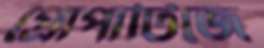
প্রোপার্টিজে